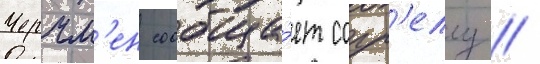
Черчм'ен сообща́ет сорр'еллу /